Distribution and causation of leprosy in British India
Year: 1875
Disease focus: Leprosy
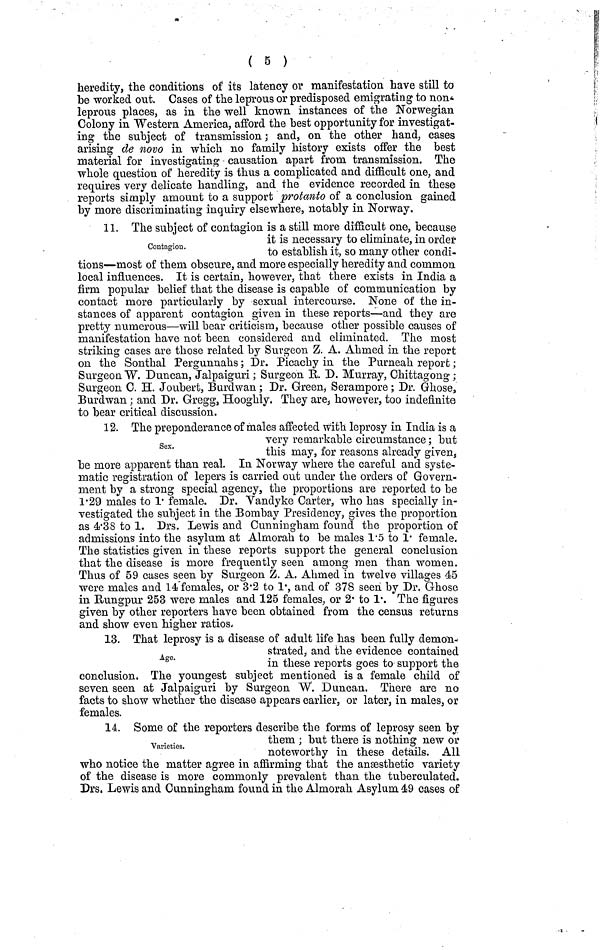
( 5 )
heredity, the conditions of its latency or manifestation have still to
be worked out. Cases of the leprous or predisposed emigrating to non-
leprous places, as in the well known instances of the Norwegian
Colony in Western America, afford the best opportunity for investigat-
ing the subject of transmission ; and, on the other hand, cases
arising de novo in which no family history exists offer the best
material for investigating causation apart from transmission. The
whole question of heredity is thus a complicated and difficult one, and
requires very delicate handling, and the evidence recorded in these
reports simply amount to a support protanto of a conclusion gained
by more discriminating inquiry elsewhere, notably in Norway.
Contagion.
11. The subject of contagion is a still more difficult one, because
it is necessary to eliminate, in order
to establish it, so many other condi-
tions—most of them obscure, and more especially heredity and common
local influences. It is certain, however, that there exists in India a
firm popular belief that the disease is capable of communication by
contact more particularly by sexual intercourse. None of the in-
stances of apparent contagion given in these reports—and they are
pretty numerous—will bear criticism, because other possible causes of
manifestation have not been considered and eliminated. The most
striking cases are those related by Surgeon Z. A. Ahmed in the report
on the Sonthal Pergunnahs ; Dr. Picachy in the Purneah report ;
Surgeon W. Duncan, Jalpaiguri ; Surgeon R. D. Murray, Chittagong ;
Surgeon C. H. Joubert, Burdwan ; Dr. Green, Serampore ; Dr. Ghose,
Burdwan ; and Dr. Gregg, Hooghly. They are, however, too indefinite
to bear critical discussion.
Sex.
12. The preponderance of males affected with leprosy in India is a
very remarkable circumstance; but
this may, for reasons already given,
be more apparent than real. In Norway where the careful and syste-
matic registration of lepers is carried out under the orders of Govern-
ment by a strong special agency, the proportions are reported to be
1.29 males to 1· female. Dr. Vandyke Carter, who has specially in-
vestigated the subject in the Bombay Presidency, gives the proportion
as 4.38 to 1. Drs. Lewis and Cunningham found the proportion of
admissions into the asylum at Almorah to be males 1.5 to 1· female.
The statistics given in these reports support the general conclusion
that the disease is more frequently seen among men than women.
Thus of 59 cases seen by Surgeon Z. A. Ahmed in twelve villages 45
were males and 14 females, or 3.2 to 1·, and of 378 seen by Dr. Ghose
in Rungpur 253 were males and 125 females, or 2. to 1·. The figures
given by other reporters have been obtained from the census returns
and show even higher ratios.
Age.
13. That leprosy is a disease of adult life has been fully demon-
strated, and the evidence contained
in these reports goes to support the
conclusion. The youngest subject mentioned is a female child of
seven seen at Jalpaiguri by Surgeon W. Duncan. There are no
facts to show whether the disease appears earlier, or later, in males, or
females.
Varieties.
14. Some of the reporters describe the forms of leprosy seen by
them ; but there is noting new or
noteworthy in these details. All
who notice the matter agree in affirming that the anæsthetic variety
of the disease is more commonly prevalent than the tuberculated.
Drs. Lewis and Cunningham found in the Almorah Asylum 49 cases of